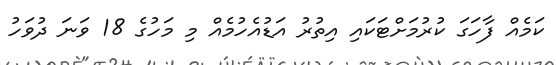
ކަމެއް ފާހަގަ ކުރުމަށްޓަކައި އިތުރު އަޑުއެހުމެއް މި މަހުގެ 18 ވަނަ ދުވަހު